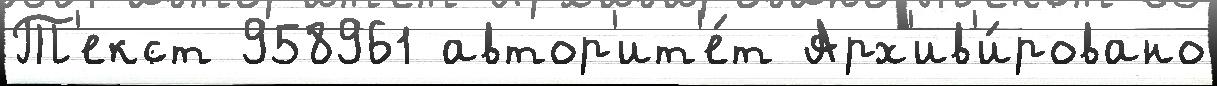
Т'екст 958961 автор'ит'е́т Арх'ив'и́ровано